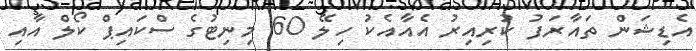
އެޑިޝަން ތައާރަފު ކުރިއިރު އެއާއެކު ހިލޭ 60 މިނިޓުގެ ސްކައިޕް ކޯލް އާއި